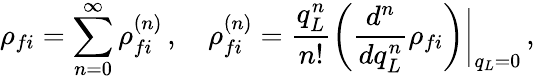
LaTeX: \rho_{fi}=\sum_{n=0}^{\infty}\rho_{fi}^{(n)}\, ,\quad\rho_{fi}^{(n)}=\frac{q_{L}^{n}}{n!}\biggl(\frac{d^{n}}{dq_{L}^{n}}\rho_{fi}\biggl)\biggl\vert_{q_{L}=0}\, ,